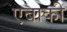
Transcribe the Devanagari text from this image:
एबाकी